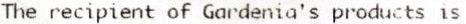
THE RECIPIENT OF GARDENIA'S PRODUCTS IS